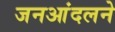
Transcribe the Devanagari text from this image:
जनआंदलने